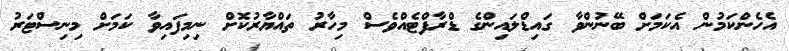
އެހެންކަމުން އެކަމަށް ބޭނުންވާ ގައިޑްލައިންގެ ޑްރާފްޓެއްވެސް މިހާރު ތައްޔާރުކޮށް ނިމިފައިވާ ކަަމަށް މިނިސްޓަރު